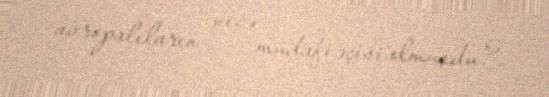
avropalıların necə müdafiəçisi olmuşdu?.